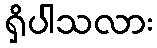
ရှိပါသလား